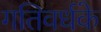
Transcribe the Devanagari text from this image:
गतिवर्धके